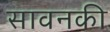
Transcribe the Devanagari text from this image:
सावनकी